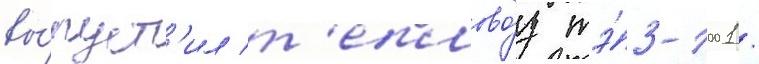
вы́пуст'ил т'еплово́з тэ́3-1001 /